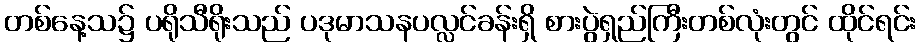
တစ်နေ့သ၌ ပရိုသီရိုးသည် ပဒုမာသနပလ္လင်ခန်းရှိ စားပွဲရှည်ကြီးတစ်လုံးတွင် ထိုင်ရင်း